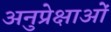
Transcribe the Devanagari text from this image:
अनुप्रेक्षाओं